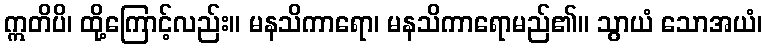
ဣတိပိ၊ ထို့ကြောင့်လည်း။ မနသိကာရော၊ မနသိကာရောမည်၏။ သွာယံ သောအယံ၊